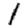
Digit: 1